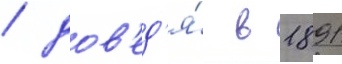
/ дов'ед'я́ в 1891